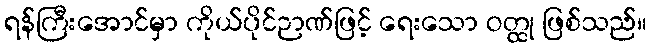
ရန်ကြီးအောင်မှာ ကိုယ်ပိုင်ဉာဏ်ဖြင့် ရေးသော ဝတ္ထု ဖြစ်သည်။